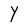
Character: Y